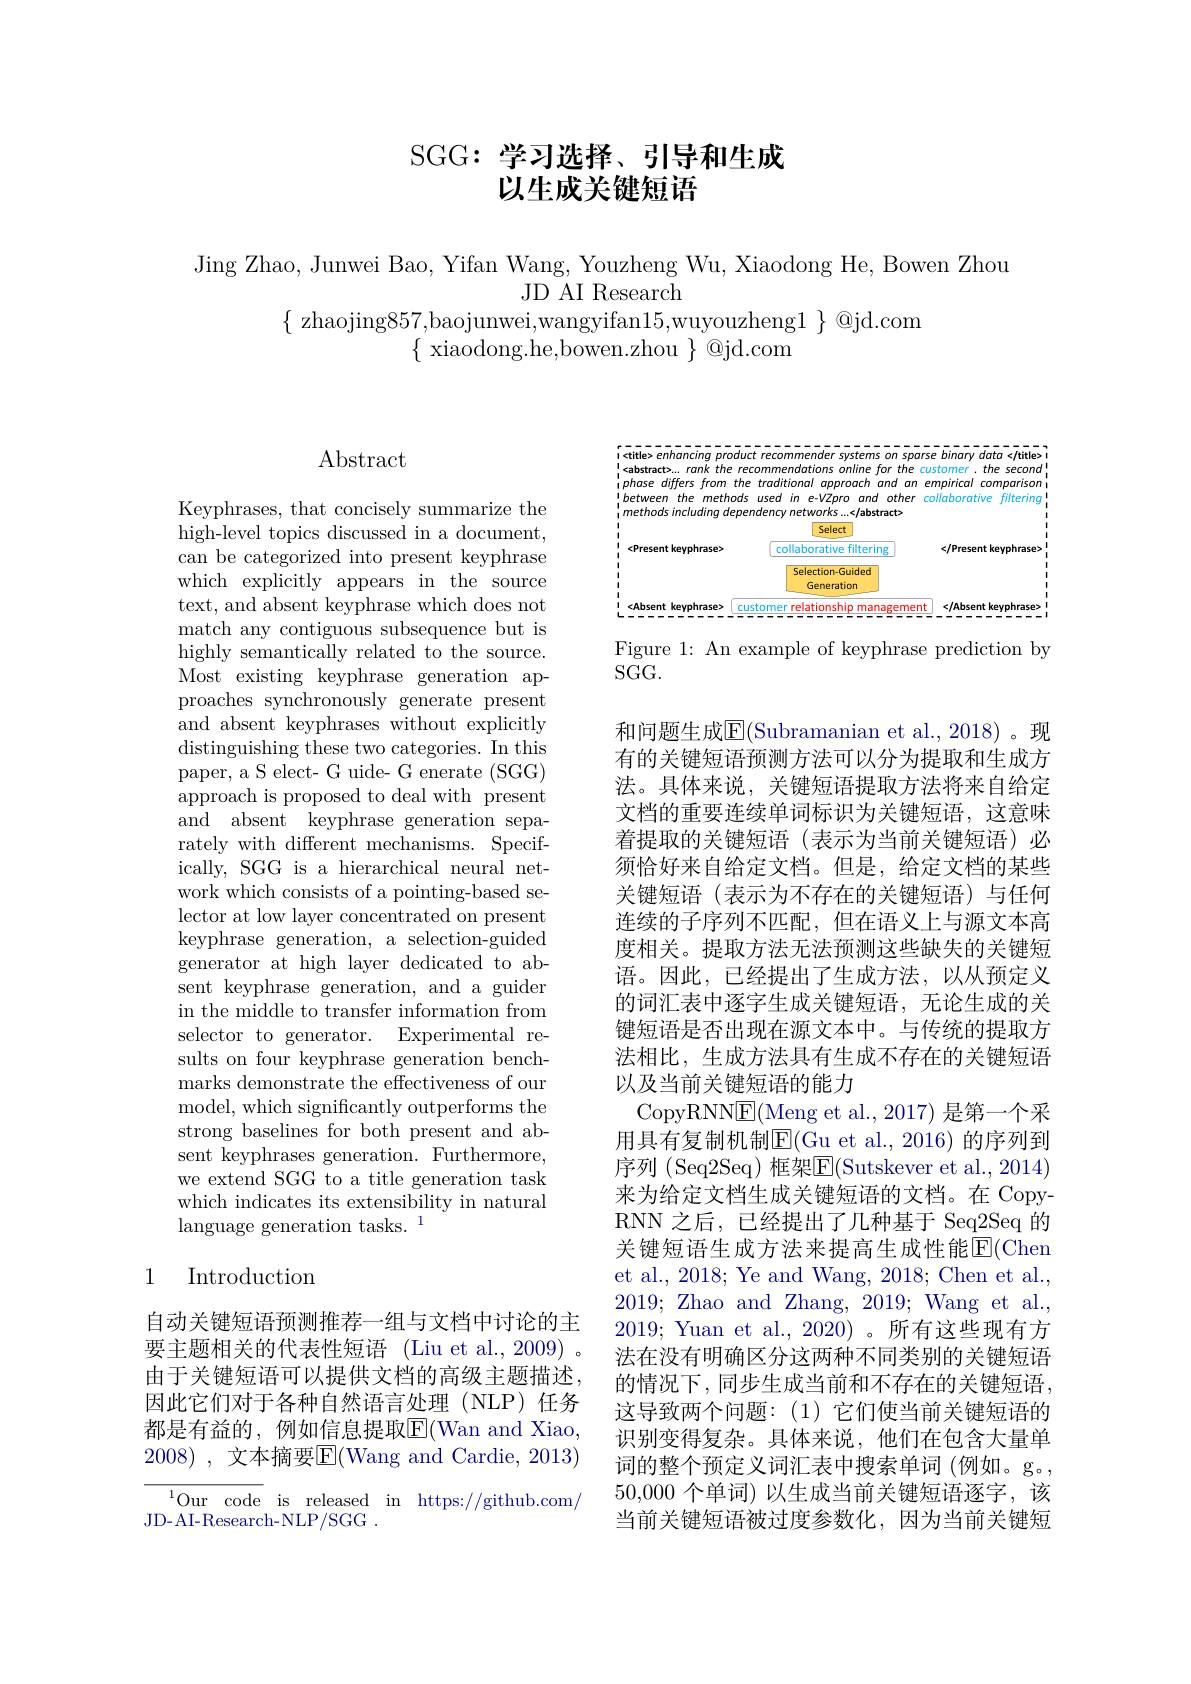
# SGG:学习选择、引导和生成以生成关键短语

Jing Zhao, Junwei Bao, Yifan Wang, Youzheng Wu, Xiaodong He, Bowen Zhou
JD AI Research
$\{$ zhaojing857,baojunwei,wangyifan15,wuyouzheng$1\}@$jd.com
$\{$ xiaodong.he,bowen.zhou $\}$@jd.com

$\operatorname{Abstract}$

Keyphrases, that concisely summarize the high-level topics discussed in a document, can be categorized into present keyphrase which explicitly appears in the source text, and absent keyphrase which does not match any contiguous subsequence but is highly semantically related to the source. Most existing keyphrase generation approaches synchronously generate present and absent keyphrases without explicitly distinguishing these two categories. In this paper, a S elect- G uide- G enerate (SGG) approach is proposed to deal with present and absent keyphrase generation separately with different mechanisms. Specifically, SGG is a hierarchical neural network which consists of a pointing-based selector at low layer concentrated on present keyphrase generation, a selection-guided generator at high layer dedicated to absent keyphrase generation, and a guider in the middle to transfer information from selector to generator. Experimental results on four keyphrase generation benchmarks demonstrate the effectiveness of our model, which significantly outperforms the strong baselines for both present and absent keyphrases generation. Furthermore, we extend SGG to a title generation task which indicates its extensibility in natural language generation tasks. 1

# 1 Introduction

自动关键短语预测推荐一组与文档中讨论的主要主题相关的代表性短语 (Liu et al.,2009) 。由于关键短语可以提供文档的高级主题描述， 因此它们对于各种自然语言处理(NLP)任务都是有益的，例如信息提取$\overline{\mathrm{E}}($Wan and Xiao, 2008) , 文本摘要$\boxed{\mathrm{E}}($Wang and Cardie, 2013) ${\overline {{^{1}\text{Our code}}}}$ is released in https://github.com/
JD- AI- Research- NLP/ SGG .

<FigureHere>

Figure 1: An example of keyphrase prediction by
SGG.

和问题生成$\overline{\mathrm{E}}($Subramanian et al.,2018)。现有的关键短语预测方法可以分为提取和生成方法。具体来说，关键短语提取方法将来自给定文档的重要连续单词标识为关键短语，这意味着提取的关键短语(表示为当前关键短语)必须恰好来自给定文档。但是，给定文档的某些关键短语(表示为不存在的关键短语)与任何连续的子序列不匹配，但在语义上与源文本高度相关。提取方法无法预测这些缺失的关键短语。因此，已经提出了生成方法，以从预定义的词汇表中逐字生成关键短语，无论生成的关键短语是否出现在源文本中。与传统的提取方法相比，生成方法具有生成不存在的关键短语以及当前关键短语的能力
CopyRNNE(Meng et al., 2017) 是第一个采用具有复制机制E$( Gu et al. , 2016) 的 序 列 到$ 序列 (Seq2Seq) 框架$\overline{\mathrm{E}}($Sutskever et al.,2014) 来为给定文档生成关键短语的文档。在 CopyRNN 之后，已经提出了几种基于 Seq2Seq 的关键短语生成方法来提高生成性能$\overline{\mathrm{E}}($Chen et al., 2018; Ye and Wang, 2018; Chen et al., 2019; Zhao and Zhang, 2019; Wang et al., 2019; Yuan et al., 2020)。所有这些现有方法在没有明确区分这两种不同类别的关键短语的情况下，同步生成当前和不存在的关键短语， 这导致两个问题：(1)它们使当前关键短语的识别变得复杂。具体来说，他们在包含大量单词的整个预定义词汇表中搜索单词 (例如。g。, 50,000个单词)以生成当前关键短语逐字，该当前关键短语被过度参数化，因为当前关键短